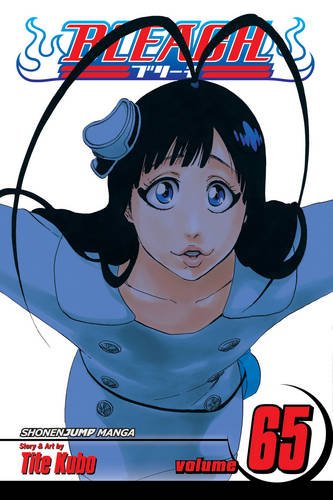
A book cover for Bleach, Vol. 65; Tite Kubo; Comics & Graphic Novels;